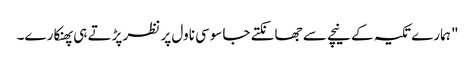
" ہمارے تکیہ کے نیچے سے جھانکتے جاسوسی ناول پر نظر پڑتے ہی پھنکارے۔